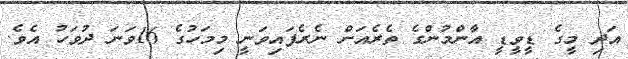
އަދި މީގެ ޑީވީޑީ އާންމުންގެ ތެރެއަށް ނެރެފައިވަނީ މިމަހުގެ 16ވަނަ ދުވަހު އެވެ.